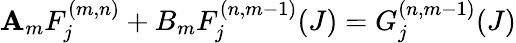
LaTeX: \mathbf{A}_{m}F_{j}^{(m,n)}+B_{m}F_{j}^{(n,m-1)}(J)=G_{j}^{(n,m-1)}(J)